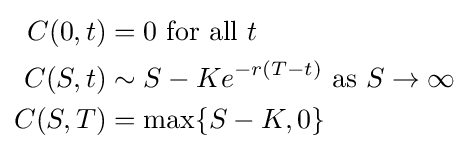
{\begin{aligned}C(0,t)&=0{\text{ for all }}t\\C(S,t)&\sim S-Ke^{-r(T-t)}{\text{ as }}S\rightarrow \infty \\C(S,T)&=\max\{S-K,0\}\end{aligned}}